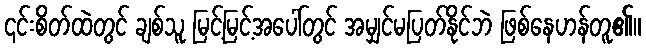
၎င်းစိတ်ထဲတွင် ချစ်သူ မြင့်မြင့်အပေါ်တွင် အမျှင်မပြတ်နိုင်ဘဲ ဖြစ်နေဟန်တူ၏။